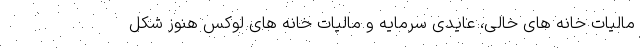
مالیات خانه های خالی، عایدی سرمایه و مالیات خانه های لوکس هنوز شکل